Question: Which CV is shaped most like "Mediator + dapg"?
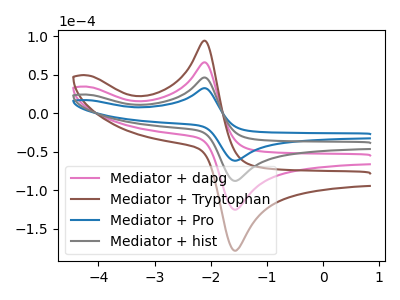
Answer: <think>The pink curve "Mediator + dapg" has an anodic peak at (-2.10V, 92.80uA) and a cathodic peak at (-1.55V, -175.70uA). The brown curve "Mediator + Tryptophan" has an anodic peak at (-2.10V, 139.20uA) and a cathodic peak at (-1.55V, -263.55uA). The blue curve "Mediator + Pro" has an anodic peak at (-2.10V, 32.55uA) and a cathodic peak at (-1.55V, -61.65uA). The gray curve "Mediator + hist" has an anodic peak at (-2.10V, 46.40uA) and a cathodic peak at (-1.55V, -87.85uA).
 All the peaks in "Mediator + dapg" have a peak in "Mediator + Tryptophan" at the same potential. Every peak in "Mediator + dapg" is lower than every peak in "Mediator + Tryptophan". All the peaks in "Mediator + dapg" have a peak in "Mediator + Pro" at the same potential. Every peak in "Mediator + dapg" is higher than every peak in "Mediator + Pro". All the peaks in "Mediator + dapg" have a peak in "Mediator + hist" at the same potential. Every peak in "Mediator + dapg" is higher than every peak in "Mediator + hist". All the peaks in "Mediator + Tryptophan" have a peak in "Mediator + Pro" at the same potential. Every peak in "Mediator + Tryptophan" is higher than every peak in "Mediator + Pro". All the peaks in "Mediator + Tryptophan" have a peak in "Mediator + hist" at the same potential. Every peak in "Mediator + Tryptophan" is higher than every peak in "Mediator + hist". All the peaks in "Mediator + Pro" have a peak in "Mediator + hist" at the same potential. Every peak in "Mediator + Pro" is lower than every peak in "Mediator + hist".</think>
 <answer>"Mediator + dapg", "Mediator + Tryptophan" and "Mediator + hist" have a similar shape to "Mediator + Pro".</answer>
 <eval>"Mediator + dapg" "Mediator + Tryptophan" "Mediator + hist"</eval>